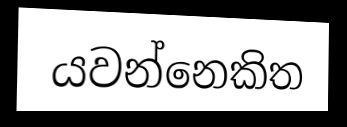
යවන්නෙකිත